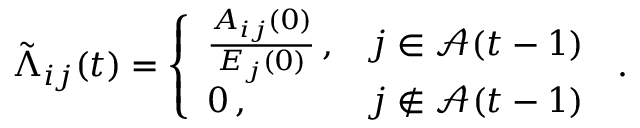
\tilde { \Lambda } _ { i j } ( t ) = \left\{ \begin{array} { l l } { \frac { A _ { i j } ( 0 ) } { E _ { j } ( 0 ) } \, , } & { j \in \mathcal { A } ( t - 1 ) } \\ { 0 \, , } & { j \not \in \mathcal { A } ( t - 1 ) } \end{array} \right. \, .